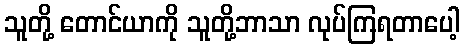
သူတို့ တောင်ယာကို သူတို့ဘာသာ လုပ်ကြရတာပေါ့